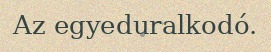
Az egyeduralkodó.